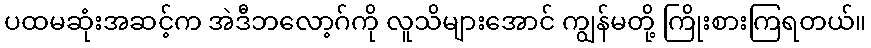
ပထမဆုံးအဆင့်က အဲဒီဘလော့ဂ်ကို လူသိများအောင် ကျွန်မတို့ ကြိုးစားကြရတယ်။